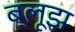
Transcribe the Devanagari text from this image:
ब्लूझ